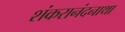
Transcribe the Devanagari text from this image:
शंकरानंदनाथा